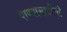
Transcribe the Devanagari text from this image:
पाण्यासाठीची